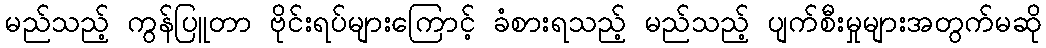
မည်သည့် ကွန်ပြူတာ ဗိုင်းရပ်များကြောင့် ခံစားရသည့် မည်သည့် ပျက်စီးမှုများအတွက်မဆို